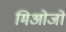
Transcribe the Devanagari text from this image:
मिओजो